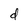
Character: d